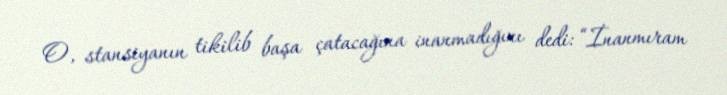
O, stansiyanın tikilib başa çatacağına inanmadığını dedi: “İnanmıram